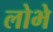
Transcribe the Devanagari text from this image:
लोभे